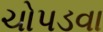
ચોપડવા